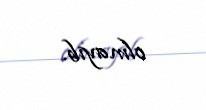
olmayıb.